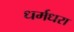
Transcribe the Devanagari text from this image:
धर्मधरा